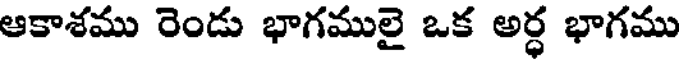
ఆకాశము రెండు భాగములై ఒక అర్ధ భాగము